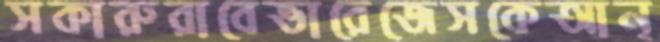
সকারুরাবেভারেজেসকেআন্